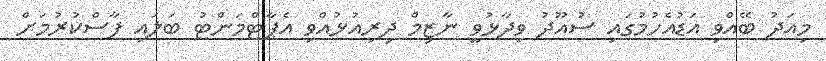
މިއަދު ބޭއްވި އަޑުއެހުމުގައި ސުއޫދު ވިދާޅުވީ ނާޒިމް ދިރިއުޅުއްވި އެޕާޓްމަންޓު ބަލައި ފާސްކުރުމަށް